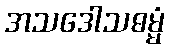
အသဒေါသဓမ္မံ